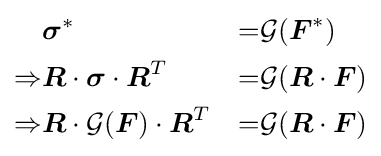
{\begin{aligned}&{\boldsymbol {\sigma }}^{*}&=&{\mathcal {G}}({\boldsymbol {F}}^{*})\\\Rightarrow &{\boldsymbol {R}}\cdot {\boldsymbol {\sigma }}\cdot {\boldsymbol {R}}^{T}&=&{\mathcal {G}}({\boldsymbol {R}}\cdot {\boldsymbol {F}})\\\Rightarrow &{\boldsymbol {R}}\cdot {\mathcal {G}}({\boldsymbol {F}})\cdot {\boldsymbol {R}}^{T}&=&{\mathcal {G}}({\boldsymbol {R}}\cdot {\boldsymbol {F}})\end{aligned}}